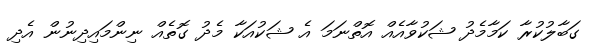
ގަބާލުކުރާ ކަމާމެދު ޝަކުވާއެއް އޮތްނަމަ އެ ޝަކުއަކާ މެދު ގޮތެއް ނިންމައިދިނުން އެދި